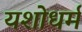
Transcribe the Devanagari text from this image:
यशोधर्म